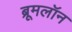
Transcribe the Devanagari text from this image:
ब्रूमलॉन